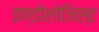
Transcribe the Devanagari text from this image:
इण्डोलोजिस्ट